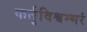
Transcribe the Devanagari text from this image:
कर्तृविश्वम्भरं